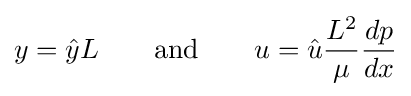
y={\hat {y}}L\qquad {\text{and}}\qquad u={\hat {u}}{\frac {L^{2}}{\mu }}{\frac {dp}{dx}}